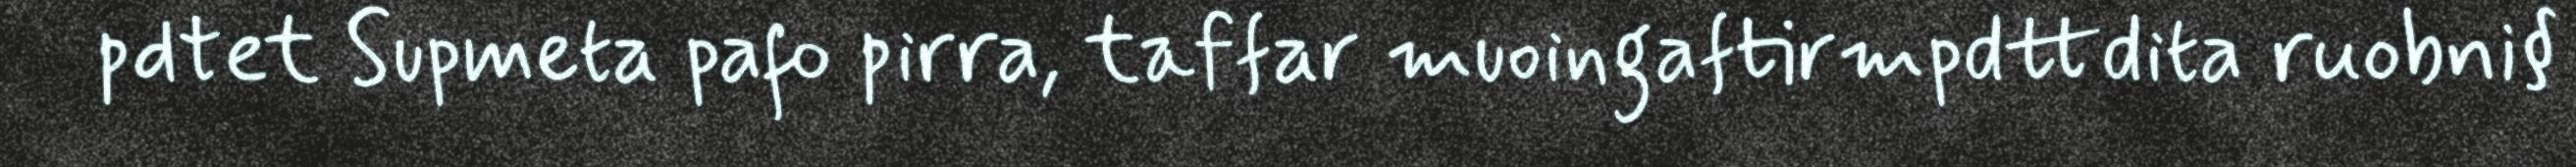
pdtet Supmeta pafo pirra, taffar muoingaftirmpdttdita ruobni§